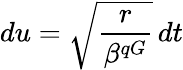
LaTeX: du=\sqrt{\frac{r}{\beta^{qG}}}\, dt